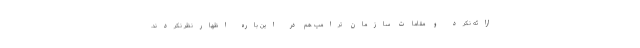
ارائه نکرد و مقامات سازمان ترامپ هم در این باره اظهارنظر نکردند.